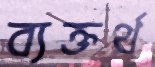
ব্যক্তর্থ